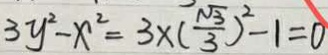
3 y ^ { 2 } - x ^ { 2 } = 3 \times ( \frac { \sqrt { 3 } } { 3 } ) ^ { 2 } - 1 = 0